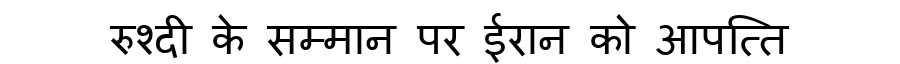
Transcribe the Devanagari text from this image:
रुश्दी के सम्मान पर ईरान को आपत्ति